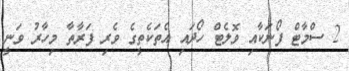
2 ސްމާޓް ފޯނަކާއި ވޮލެޓް ހޯދައި އެތަކެތީގެ ވެރި ފަރާތާ މިހާރު ވަނީ